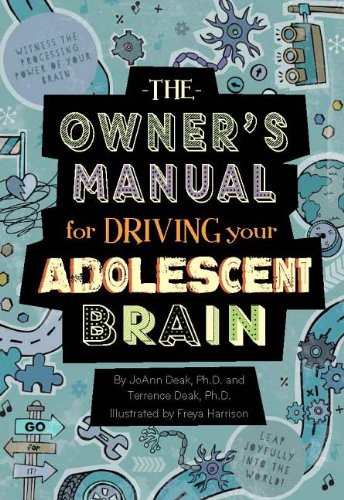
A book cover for The Owner's Manual For Driving Your Adolescent Brain; Dr. JoAnn Deak; Teen & Young Adult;